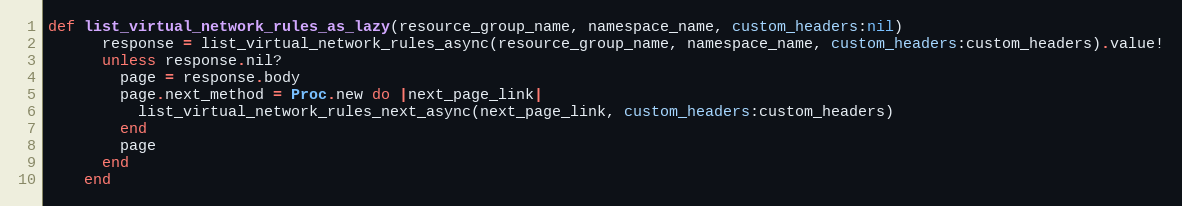
Language: Ruby
def list_virtual_network_rules_as_lazy(resource_group_name, namespace_name, custom_headers:nil)
      response = list_virtual_network_rules_async(resource_group_name, namespace_name, custom_headers:custom_headers).value!
      unless response.nil?
        page = response.body
        page.next_method = Proc.new do |next_page_link|
          list_virtual_network_rules_next_async(next_page_link, custom_headers:custom_headers)
        end
        page
      end
    end